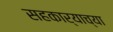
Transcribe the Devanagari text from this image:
सहकार्‍याच्या